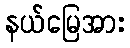
နယ်မြေအား